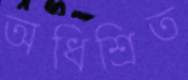
অধিশ্রিত